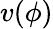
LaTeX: v(\phi)